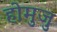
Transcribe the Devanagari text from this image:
होमुजु